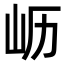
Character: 𫵷